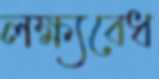
লক্ষ্যবেধ